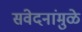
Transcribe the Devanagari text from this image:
संवेदनांमुळे